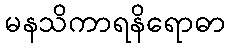
မနသိကာရနိရောဓာ